Burma Government Medical School reports 1923-41
Year: 1923
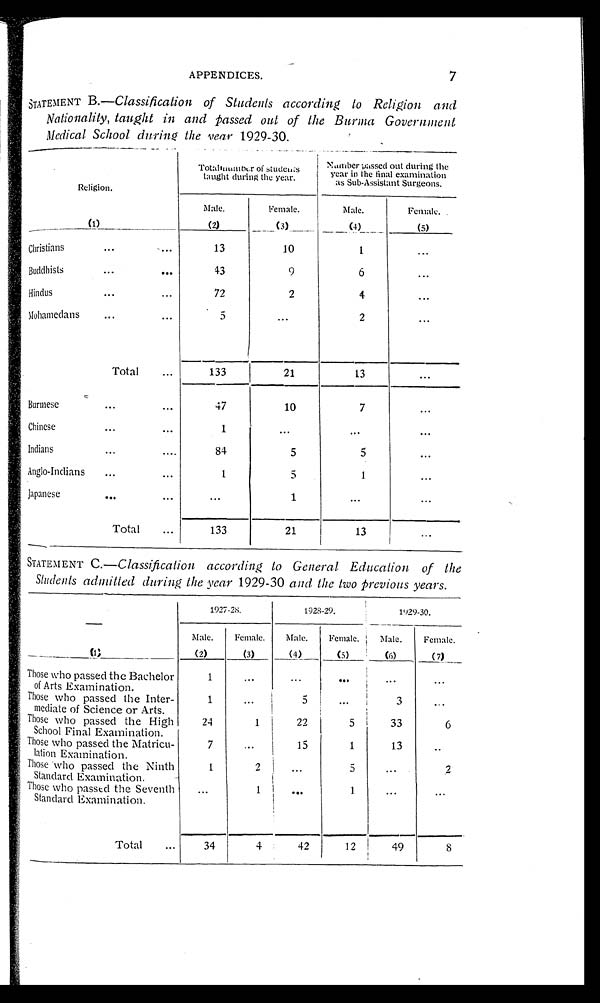
APPENDICES.
7
STATEMENT B. —Classification of Students according to Religion and
Nationality, taught in and passed out of the Burma Government
Medical School during the year 1929-30.
Religion.
(1)
T o t a l n u m b e r o f s t u d e n t s t a u g h t d u r i n g t h e y e a r . N u m b e r p a s s e d o u t d u r i n g t h e y e a r i n t h e f i n a l e x a m i n a t i o n a s S u b - A s s i s t a n t S u r g e o n s .
Male.
(2)
Female.
(3)
Male.
(4)
Female.
(5)
Christians
1 3
1 0
1
...
Buddhists
4 3
9
6
...
Hi ndus
7 2
2
4
...
Mo h a me d a n s
5
...
2
...
T o t a l
1 3 3
2 1
1 3
...
Burmese
4 7
1 0
7
...
Chinese
1
. . .
...
...
Indians
8 4
5
5
...
Anglo-Indians
1
5
1
...
Japanese
...
1
...
...
T o t a l
1 3 3
2 1
1 3
...
STATEMENT C.—Classification according to General Education of the
Students admitted during the year 1929-30 and the two Previous years.
—
(1)
1927-28.
1928-29.
1929-30.
Male.
(2)
Female.
(3)
Male.
(4)
Female.
(5)
Male.
(6)
Female.
(7)
Those who passed the Bachelor of Arts Examination.
1
...
...
...
...
...
Those who passed the Inter-medi ate of Sci ence or Arts.
1
...
5
...
3 ...
Those who passed the Hi gh School Fi nal Exami nati on.
24
1
22
5
33
6
Those who passed the Matricu-lation Examination.
7
...
15
1
13
..
Those who passed the Ninth Standard Examination.
1
2
...
5
...
2
Those who passed the Seventh Standard Exami nati on.
...
1
...
1
...
...
T o t a l
34
4
42
12
49
8